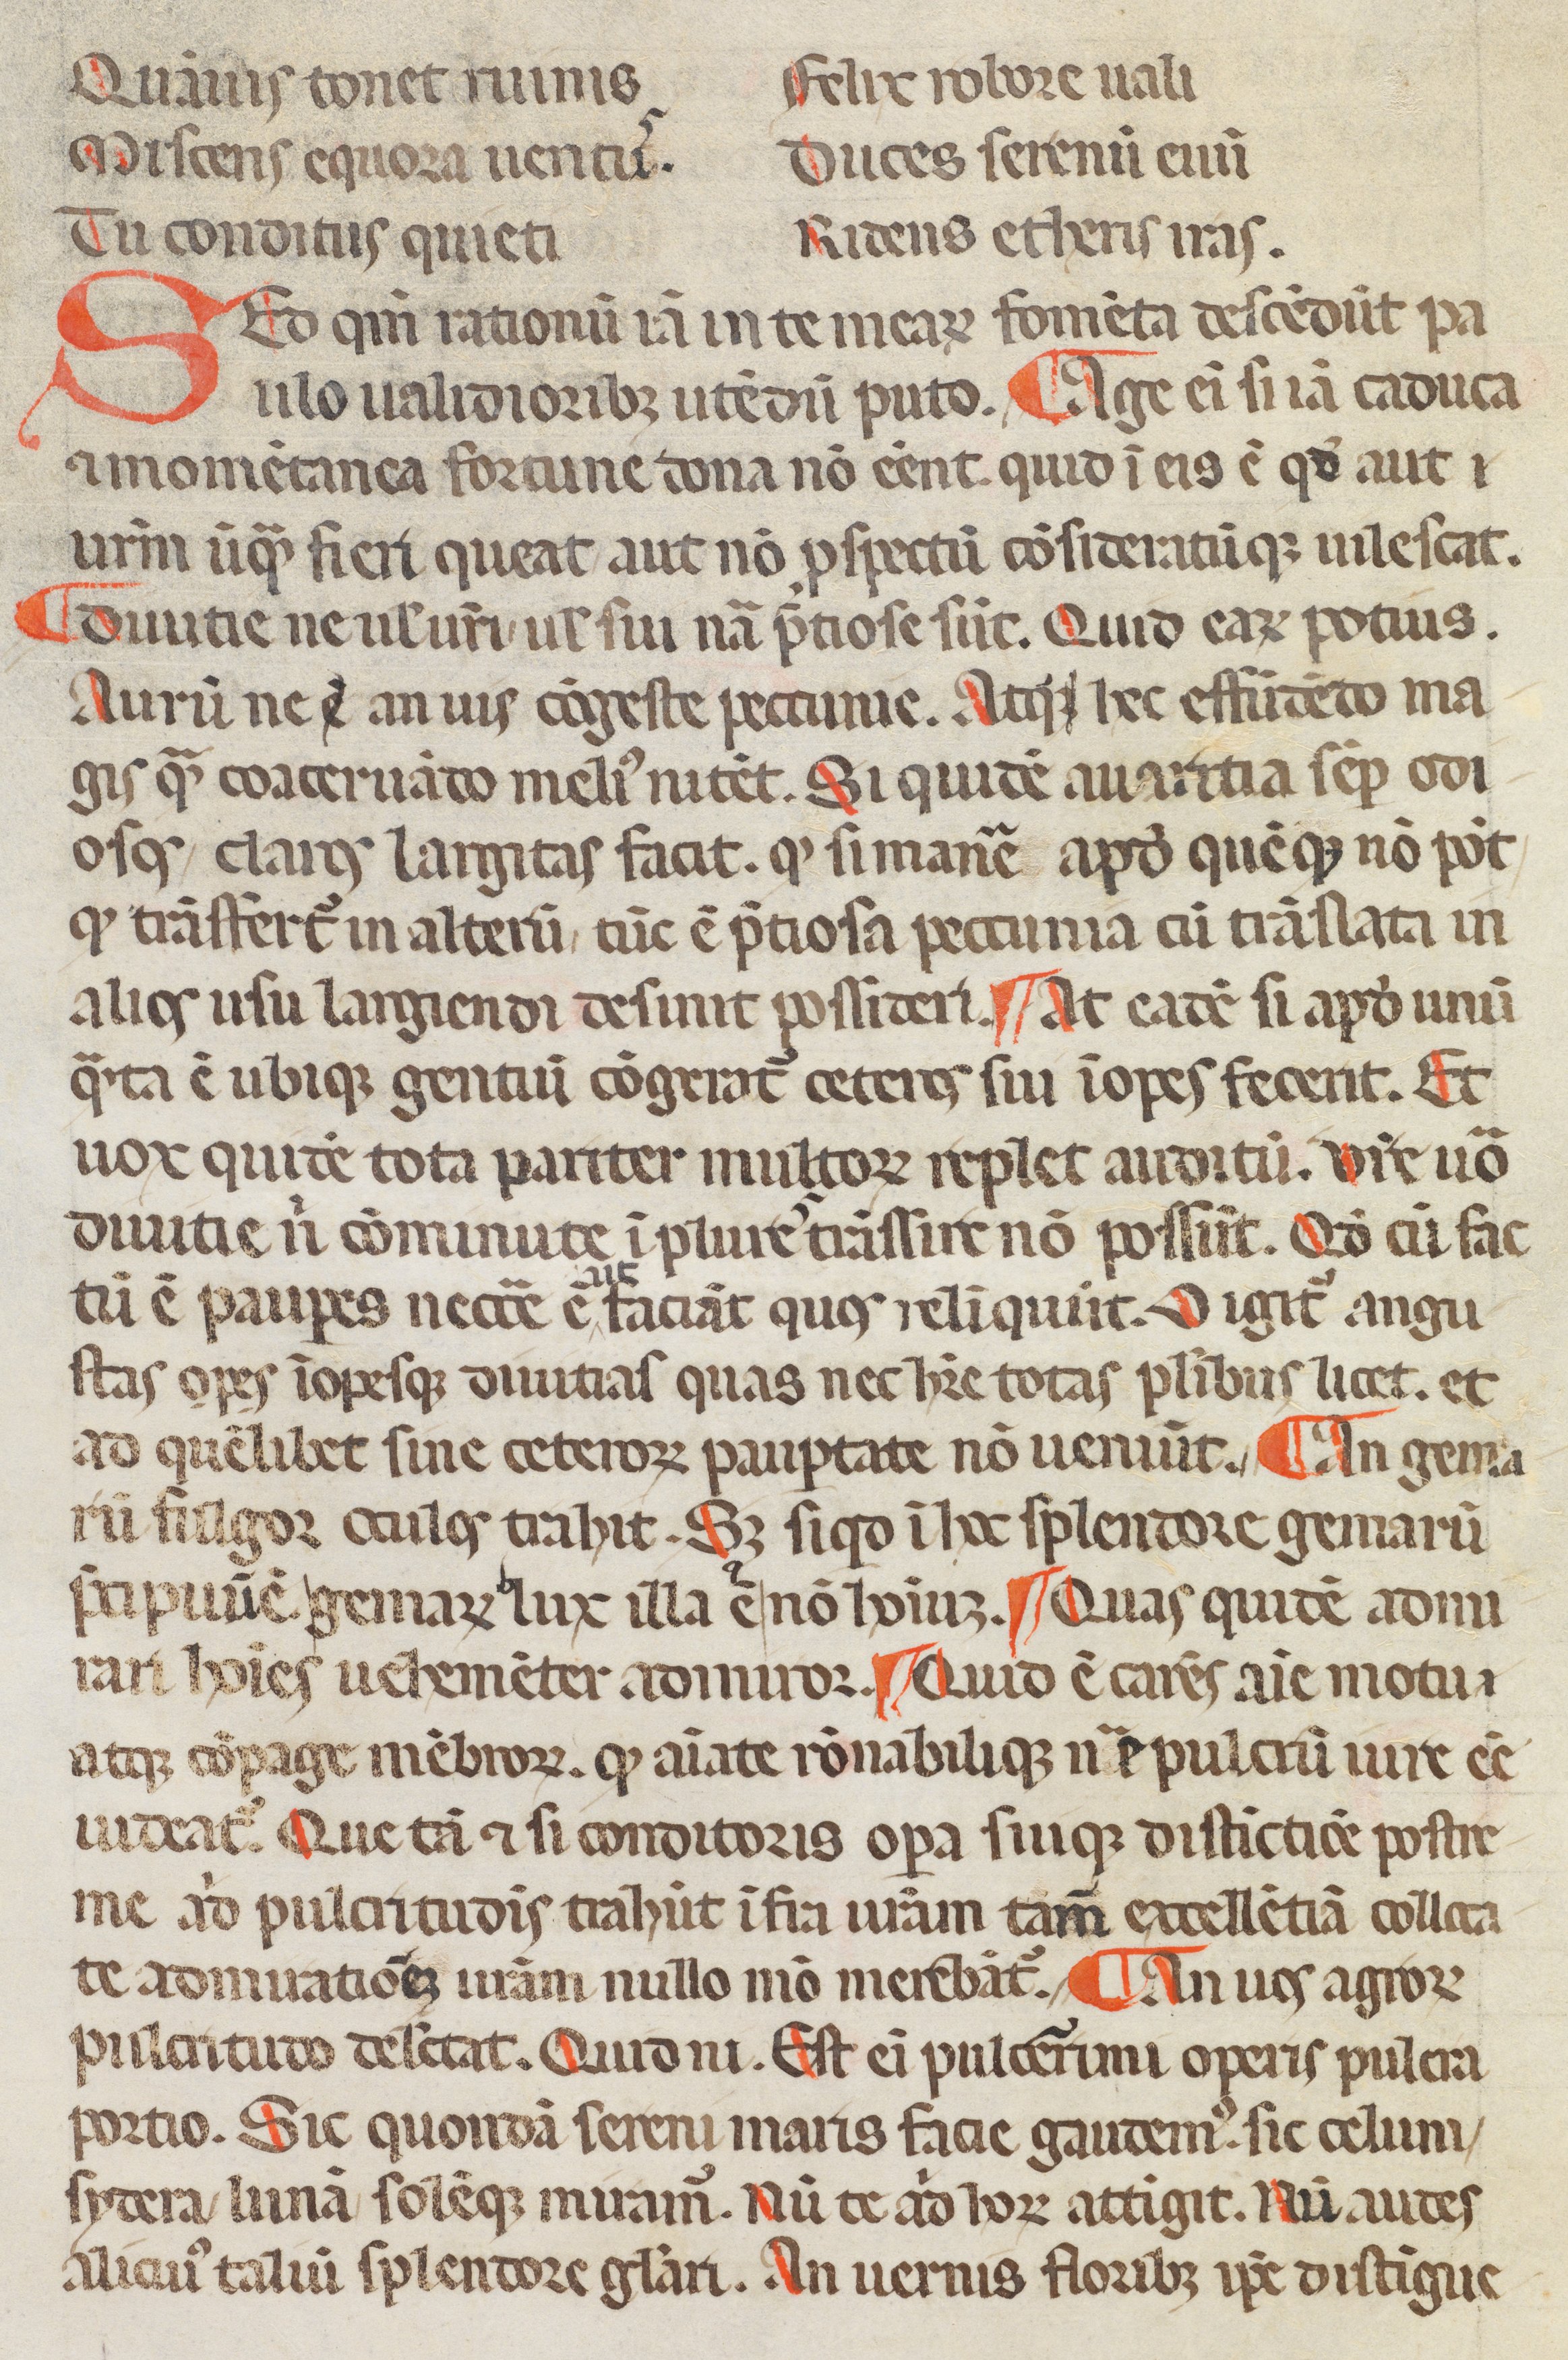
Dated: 1350–1399